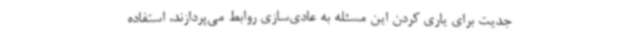
جدیت برای یاری کردن این مسئله به عادی‌سازی روابط می‌پردازند، استفاده